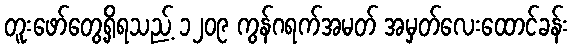
တူးဖော်တွေ့ရှိရသည့် ၁၂၀၉ ကွန်ဂရက်အမတ် အမှတ်လေးထောင်ခန်း